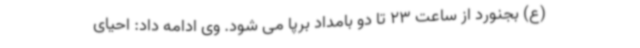
(ع) بجنورد از ساعت 23 تا دو بامداد برپا می شود. وی ادامه داد: احیای